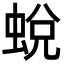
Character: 蛻